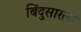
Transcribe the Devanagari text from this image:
बिंदुसारला